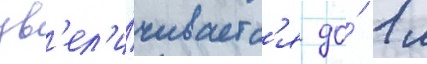
ув'ел'и́чиваетс'я до́ 1 м